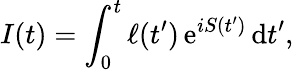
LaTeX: I(t)=\int_{0}^{t}\ell(t^{\prime})\, \mathrm{e}^{iS(t^{\prime})}\, \mathrm{d}t^{\prime},